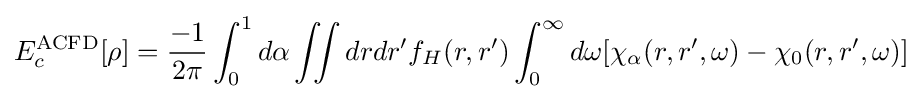
E_{c}^{\text{ACFD}}[\rho ]={\frac {-1}{2\pi }}\int _{0}^{1}d\alpha \iint drdr'f_{H}(r,r')\int _{0}^{\infty }d\omega [\chi _{\alpha }(r,r',\omega )-\chi _{0}(r,r',\omega )]